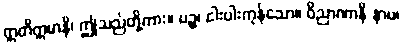
ဣတိဣမာနိ၊ ဤသည်တို့ကား။ ပဉ္စ၊ ငါးပါးကုန်သော။ ဝိညာဏာနိ နာမ၊